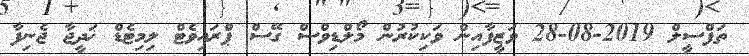
ތަފްސީލް 2019-08-28 ވަޒީފާއިން ވަކިކުރުން މޯލްޑިވްސް ގޭސް ޕްރައިވެޓް ލިމިޓެޑް ޚަދީޖާ ޖެނިފާ